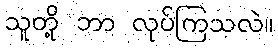
သူတို့ ဘာ လုပ်ကြသလဲ။